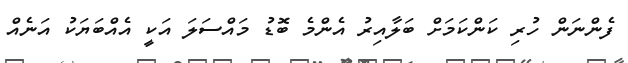
ފެންނަން ހުރި ކަންކަމަށް ބަލާއިރު އެންމެ ބޮޑު މައްސަލަ އަކީ އެއްބަޔަކު އަނެއް